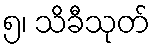
၅၊ သိခီသုတ်